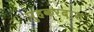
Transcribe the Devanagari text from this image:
पुहकरदास